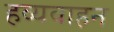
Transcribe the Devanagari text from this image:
हव्यवाहन